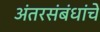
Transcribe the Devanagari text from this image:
अंतरसंबंधांचे